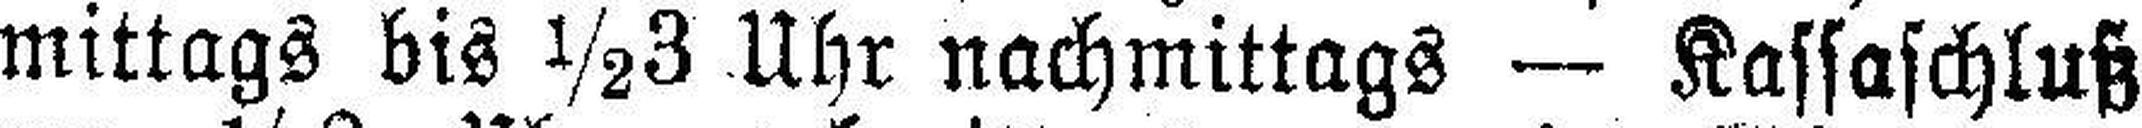
mittags bis ½3 Uhr nachmittags — Kassaschluß